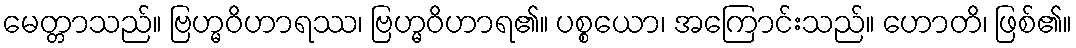
မေတ္တာသည်။ ဗြဟ္မဝိဟာရဿ၊ ဗြဟ္မဝိဟာရ၏။ ပစ္စယော၊ အကြောင်းသည်။ ဟောတိ၊ ဖြစ်၏။